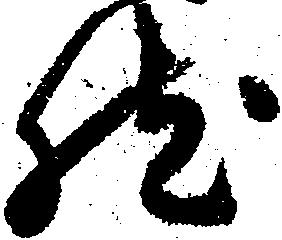
然